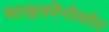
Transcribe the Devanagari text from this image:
साइफ़ोनोफ़ोरा